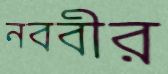
নববীর